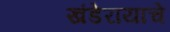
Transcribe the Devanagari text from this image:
खंडेरायाचे